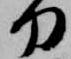
刀